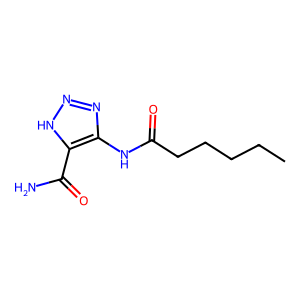
SMILES: CCCCCC(=O)Nc1nn[nH]c1C(N)=O
Inhibits HIV replication: No